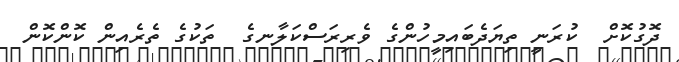
ދޮގުކޮށް  ކުރަނީ ތިޔަދެބައިމީހުންގެ ވެރިރަސްކަލާނގެ  ތަކުގެ ތެރެއިން ކޮންކޮން